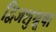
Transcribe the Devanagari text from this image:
द्विजशुश्रूषा